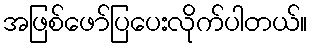
အဖြစ်ဖော်ပြပေးလိုက်ပါတယ်။